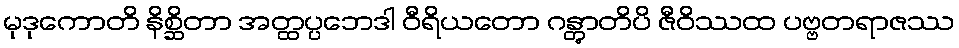
မုဒုကောတိ နိစ္ဆိတာ အတ္ထပ္ပဘေဒါ ဝီရိယတော ဂန္တွာတိပိ ဇီဝိဿထ ပဗ္ဗတရာဇဿ